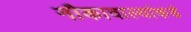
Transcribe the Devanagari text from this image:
नौकावाल्यांकडे